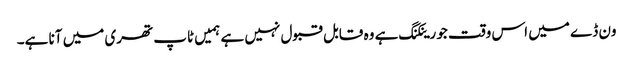
ون ڈے میں اس وقت جو رینکنگ ہے وہ قابل قبول نہیں ہے ہمیں ٹاپ تھری میں آنا ہے۔